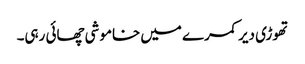
تھوڑی دیر کمرے میں خاموشی چھائی رہی۔